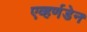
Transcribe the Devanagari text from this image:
एव्हर्णडेन